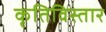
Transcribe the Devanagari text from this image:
कृतिविस्तार